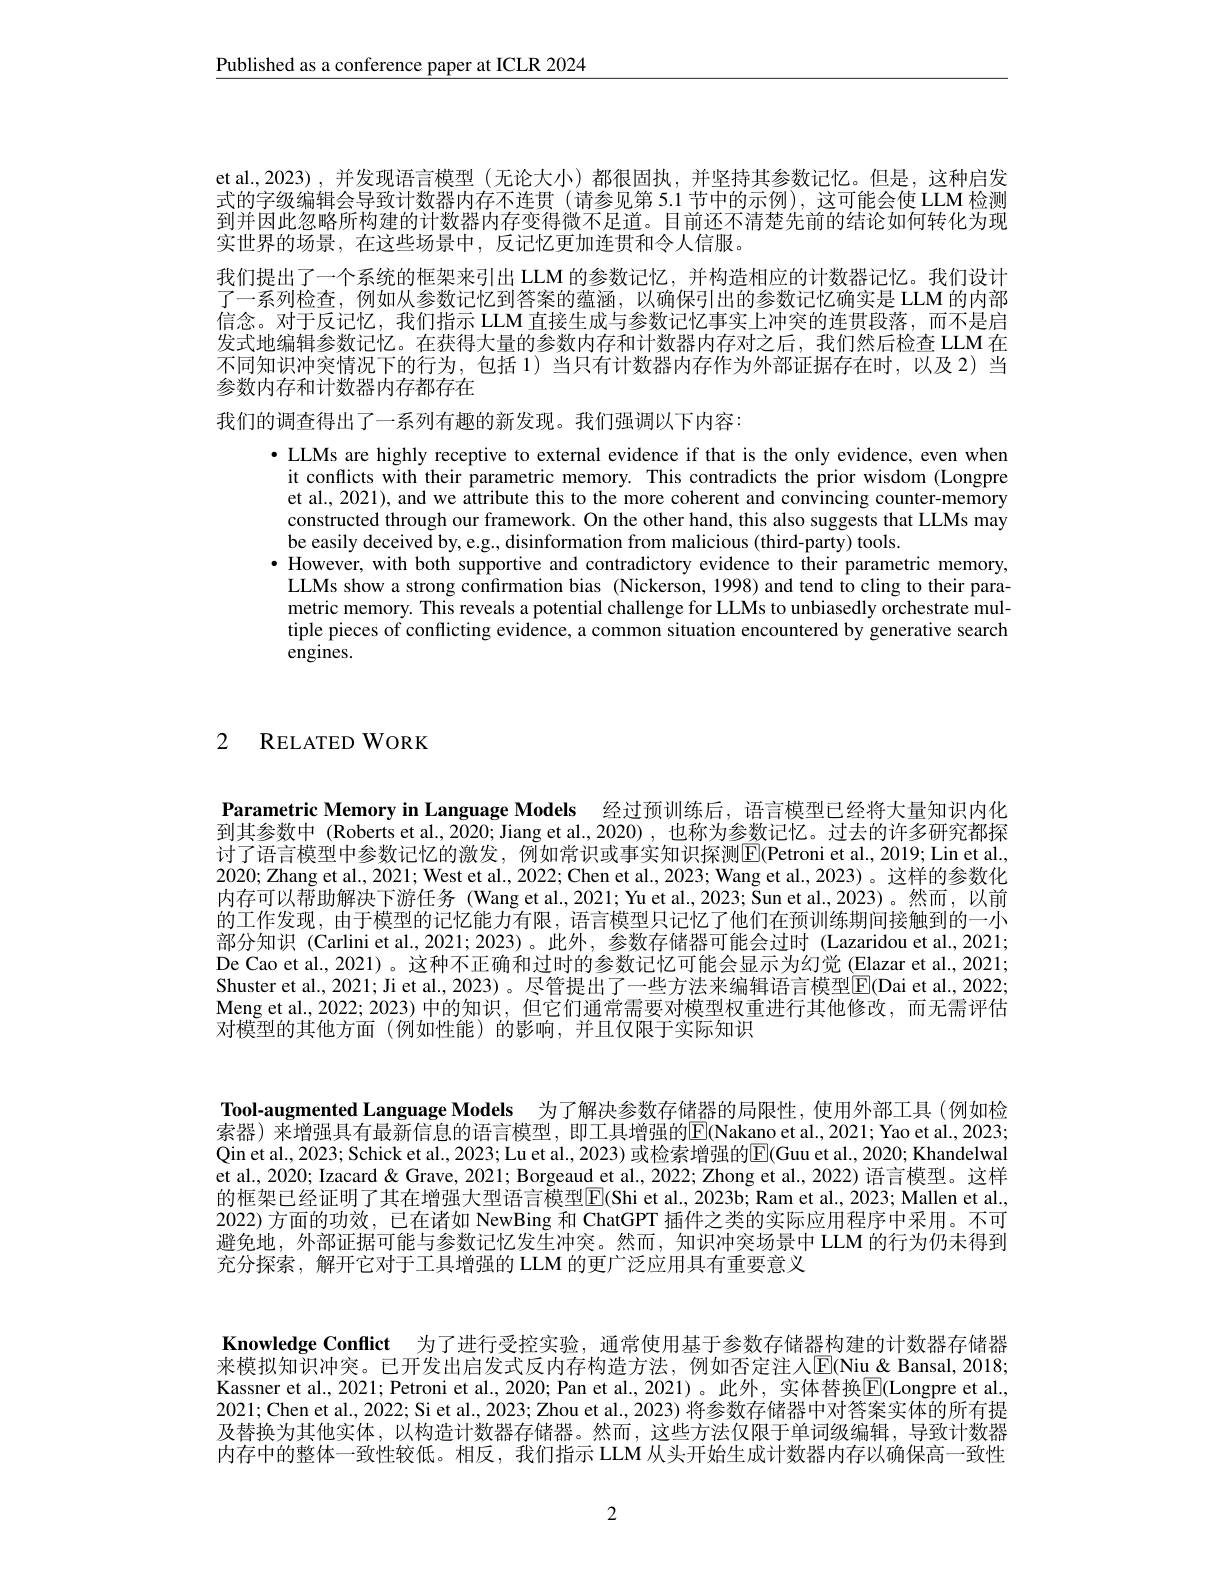
Published as a conference paper at ICLR 2024

et al.,2023),并发现语言模型(无论大小)都很固执，并坚持其参数记忆。但是，这种启发式的字级编辑会导致计数器内存不连贯(请参见第 5.1 节中的示例),这可能会使 LLM 检测到并因此忽略所构建的计数器内存变得微不足道。目前还不清楚先前的结论如何转化为现实世界的场景，在这些场景中，反记忆更加连贯和令人信服务
我们提出了一个系统的框架来引出 LLM 的参数记忆，并构造相应的计数器记忆。我们设计了一系列检查，例如从参数记忆到答案的蕴涵，以确保引出的参数记忆确实是 LLM 的内部信念。对于反记忆，我们指示 LLM 直接生成与参数记忆事实上冲突的连贯段落，而不是启发式地编辑参数记忆。在获得大量的参数内存和计数器内存对之后，我们然后检查 LLM 在不同知识冲突情况下的行为，包括 1)当只有计数器内存作为外部证据存在时，以及 2)当参数内存和计数器内存都存在

我们的调查得出了一系列有趣的新发现。我们强调以下内容：

$\bullet$ LLMs are highly receptive to external evidence if that is the only evidence, even when it conflicts with their parametric memory. This contradicts the prior wisdom (Longpre et al., 2021), and we attribute this to the more coherent and convincing counter-memory constructed through our framework. On the other hand, this also suggests that LLMs may be easily deceived by, e.g., disinformation from malicious (third-party) tools.
$\bullet$ However, with both supportive and contradictory evidence to their parametric memory,
LLMs show a strong confirmation bias (Nickerson, 1998) and tend to cling to their parametric memory. This reveals a potential challenge for LLMs to unbiasedly orchestrate multiple pieces of conflicting evidence, a common situation encountered by generative search engines.

2 RELATEDWORK

Parametric Memory in Language Models 经过预训练后，语言模型已经将大量知识内化到其参数中 (Roberts et al., 2020; Jiang et al., 2020) , 也称为参数记忆。过去的许多研究都探讨了语言模型中参数记忆的激发，例如常识或事实知识探测$\boxed{\mathrm{E}}($Petroni et al.,2019; Lin et al. 2020;Zhang et al., 2021; West et al., 2022; Chen et al., 2023; Wang et al., 2023)。这样的参数化内存可以帮助解决下游任务 (Wang et al.,2021; Yu et al.,2023; Sun et al.,2023)。然而，以前的工作发现，由于模型的记忆能力有限，语言模型只记忆了他们在预训练期间接触到的一小部分知识 (Carlini et al.,2021; 2023)。此外，参数存储器可能会过时 (Lazaridou et al.,2021; De Cao et al., 2021)。这种不正确和过时的参数记忆可能会显示为幻觉 (Elazar et al., 2021; Shuster et al., 2021; Ji et al., 2023) 。尽管提出了一些方法来编辑语言模型$\boxed{\mathrm{E}}($Dai et al., 2022; Meng et al.2022; 2023) 中的知识，但它们通常需要对模型权重进行其他修改，而无需评估$\bar{\text{对模型的其他方面(例如性能)的影响，并且仅限于实际知识}}$

Tool-augmented Language Models 为了解决参数存储器的局限性，使用外部工具(例如检索器) 来增强具有最新信息的语言模型，即工具增强的$\boxed{\mathrm{E}}$(Nakano et al.,2021; Yao et al., 2023; Qin et al., 2023; Schick et al., 2023; Lu et al., 2023) 或检索增强的$\underline{\mathrm{E}}($Guu et al., 2020; Khandelwal et al., 2020; Izacard & Grave, 2021; Borgeaud et al., 2022; Zhong et al., 2022) 语言模型。这样的框架已经证明了其在增强大型语言模型$\boxed{\mathrm{F}}($Shi et al., 2023b; Ram et al., 2023; Mallen et al. 2022) 方面的功效，已在诸如 NewBing 和 ChatGPT 插件之类的实际应用程序中采用。不可避免地，外部证据可能与参数记忆发生冲突。然而，知识冲突场景中 LLM 的行为仍未得到充分探索，解开它对于工具增强的 LLM 的更广泛应用具有重要意义

Knowledge Conflict 为了进行受控实验，通常使用基于参数存储器构建的计数器存储器来模拟知识冲突。已开发出启发式反内存构造方法，例如否定注入$\mathbb{E}($Niu&Bansal, 2018; Kassner et al., 2021; Petroni et al., 2020; Pan et al., 2021)。此外，实体替换$\boxed{\mathrm{E}}($Longpre et al. 2021; Chen et al., 2022; Si et al., 2023; Zhou et al., 2023) 将参数存储器中对答案实体的所有提及替换为其他实体，以构造计数器存储器。然而，这些方法仅限于单词级编辑，导致计数器内存中的整体一致性较低。相反，我们指示 LLM 从头开始生成计数器内存以确保高一致性

2